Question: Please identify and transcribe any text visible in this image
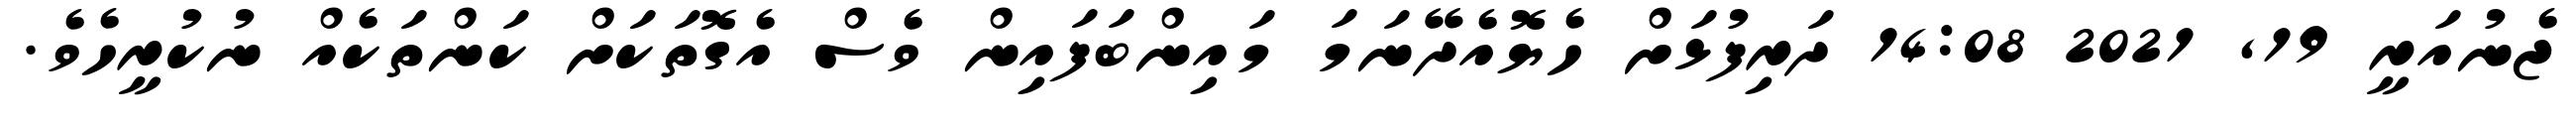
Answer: ޖެނުއަރީ 19, 2021 14:08 ދަރިފުޅަށް ހެޔޮއެދޭނަމަ މައިންބަފައިން ވެސް އެގޮތަކަށް ކަންތަކެއް ނުކުރީހެވެ.